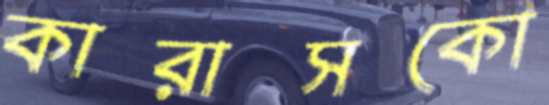
কারাসকো